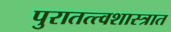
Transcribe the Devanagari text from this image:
पुरातत्त्वशास्त्रात